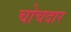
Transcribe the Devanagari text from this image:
चोचदार